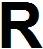
R